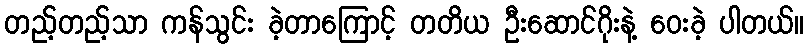
တည့်တည့်သာ ကန်သွင်း ခဲ့တာကြောင့် တတိယ ဦးဆောင်ဂိုးနဲ့ ဝေးခဲ့ ပါတယ်။